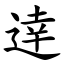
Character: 逹